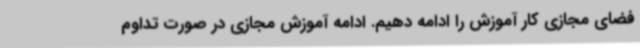
فضای مجازی کار آموزش را ادامه دهیم. ادامه آموزش مجازی در صورت تداوم